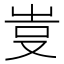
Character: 𠭆